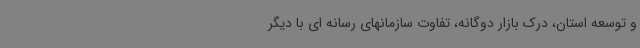
و توسعه استان، درک بازار دوگانه، تفاوت سازمانهای رسانه ای با دیگر